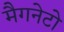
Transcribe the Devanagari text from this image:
मैगनेटो